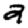
Digit: 2